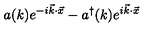
a ( k ) e ^ { - i \vec { k } \cdot \vec { x } } - a ^ { \dagger } ( k ) e ^ { i \vec { k } \cdot \vec { x } }